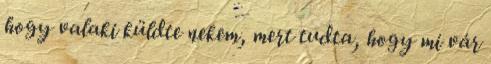
hogy valaki küldte nekem, mert tudta, hogy mi vár